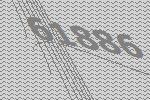
61886